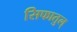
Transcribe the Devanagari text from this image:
सिफातुल्